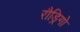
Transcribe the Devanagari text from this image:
रौड्रिगो